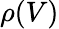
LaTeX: \rho(V)